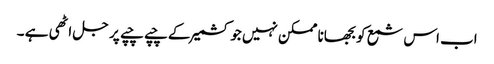
اب اس شمع کو بجھانا ممکن نہیں جو کشمیر کے چپے چپے پر جل اٹھی ہے ۔